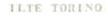
ILTE TORINO